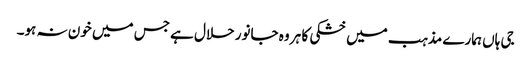
جی ہاں ہمارے مذہب میں خشکی کا ہر وہ جانور حلال ہے جس میں خون نہ ہو۔